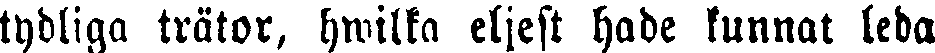
tydliga trätor, hwilka eljest hade kunnat leda